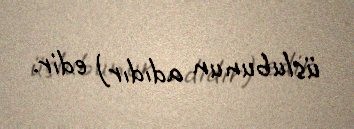
üslubunun adıdır) edir.